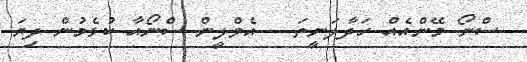
ސްނޯ މޭންއެއް ހަދާލަނީތަ   އެވްލީން ސްނޯއާ ކުޅެމުން ދިޔަ